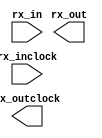
// megafunction wizard: %ALTLVDS_RX%VBB%
// GENERATION: STANDARD
// VERSION: WM1.0
// MODULE: ALTLVDS_RX 

// ============================================================
// Megafunction Name(s):
// 			ALTLVDS_RX
//
// Simulation Library Files(s):
// 			altera_mf
// ============================================================
// ************************************************************
// THIS IS A WIZARD-GENERATED FILE. DO NOT EDIT THIS FILE!
//
// 11.0 Build 157 04/27/2011 SJ Full Version
// ************************************************************

//Copyright (C) 1991-2011 Altera Corporation
//Your use of Altera Corporation's design tools, logic functions 
//and other software and tools, and its AMPP partner logic 
//functions, and any output files from any of the foregoing 
//(including device programming or simulation files), and any 
//associated documentation or information are expressly subject 
//to the terms and conditions of the Altera Program License 
//Subscription Agreement, Altera MegaCore Function License 
//Agreement, or other applicable license agreement, including, 
//without limitation, that your use is for the sole purpose of 
//programming logic devices manufactured by Altera and sold by 
//Altera or its authorized distributors.  Please refer to the 
//applicable agreement for further details.

module lvds_buf (
	rx_in,
	rx_inclock,
	rx_out,
	rx_outclock);

	input	[0:0]  rx_in;
	input	  rx_inclock;
	output	[3:0]  rx_out;
	output	  rx_outclock;

endmodule

// ============================================================
// CNX file retrieval info
// ============================================================
// Retrieval info: LIBRARY: altera_mf altera_mf.altera_mf_components.all
// Retrieval info: PRIVATE: Bitslip NUMERIC "0"
// Retrieval info: PRIVATE: Clock_Choices STRING "tx_coreclock"
// Retrieval info: PRIVATE: Clock_Mode NUMERIC "0"
// Retrieval info: PRIVATE: Data_rate STRING "800.0"
// Retrieval info: PRIVATE: Deser_Factor NUMERIC "4"
// Retrieval info: PRIVATE: Dpll_Lock_Count NUMERIC "0"
// Retrieval info: PRIVATE: Dpll_Lock_Window NUMERIC "0"
// Retrieval info: PRIVATE: Enable_DPA_Mode STRING "OFF"
// Retrieval info: PRIVATE: Enable_FIFO_DPA_Channels NUMERIC "0"
// Retrieval info: PRIVATE: Ext_PLL STRING "OFF"
// Retrieval info: PRIVATE: INTENDED_DEVICE_FAMILY STRING "Cyclone II"
// Retrieval info: PRIVATE: Le_Serdes STRING "ON"
// Retrieval info: PRIVATE: Num_Channel NUMERIC "1"
// Retrieval info: PRIVATE: Outclock_Divide_By NUMERIC "0"
// Retrieval info: PRIVATE: pCNX_OUTCLK_ALIGN NUMERIC "0"
// Retrieval info: PRIVATE: pINCLOCK_PHASE_SHIFT STRING "0.00"
// Retrieval info: PRIVATE: PLL_Enable NUMERIC "0"
// Retrieval info: PRIVATE: PLL_Freq STRING "100.00"
// Retrieval info: PRIVATE: PLL_Period STRING "10.000"
// Retrieval info: PRIVATE: pOUTCLOCK_PHASE_SHIFT NUMERIC "0"
// Retrieval info: PRIVATE: Reg_InOut NUMERIC "1"
// Retrieval info: PRIVATE: Use_Cda_Reset NUMERIC "0"
// Retrieval info: PRIVATE: Use_Clock_Resc STRING "AUTO"
// Retrieval info: PRIVATE: Use_Common_Rx_Tx_Plls NUMERIC "0"
// Retrieval info: PRIVATE: Use_Data_Align NUMERIC "0"
// Retrieval info: PRIVATE: Use_Lock NUMERIC "0"
// Retrieval info: PRIVATE: Use_Pll_Areset NUMERIC "0"
// Retrieval info: PRIVATE: Use_Rawperror NUMERIC "0"
// Retrieval info: PRIVATE: Use_Tx_Out_Phase NUMERIC "0"
// Retrieval info: CONSTANT: BUFFER_IMPLEMENTATION STRING "RAM"
// Retrieval info: CONSTANT: CDS_MODE STRING "UNUSED"
// Retrieval info: CONSTANT: COMMON_RX_TX_PLL STRING "OFF"
// Retrieval info: CONSTANT: clk_src_is_pll STRING "off"
// Retrieval info: CONSTANT: DATA_ALIGN_ROLLOVER NUMERIC "4"
// Retrieval info: CONSTANT: DATA_RATE STRING "800.0 Mbps"
// Retrieval info: CONSTANT: DESERIALIZATION_FACTOR NUMERIC "4"
// Retrieval info: CONSTANT: DPA_INITIAL_PHASE_VALUE NUMERIC "0"
// Retrieval info: CONSTANT: DPLL_LOCK_COUNT NUMERIC "0"
// Retrieval info: CONSTANT: DPLL_LOCK_WINDOW NUMERIC "0"
// Retrieval info: CONSTANT: ENABLE_DPA_ALIGN_TO_RISING_EDGE_ONLY STRING "OFF"
// Retrieval info: CONSTANT: ENABLE_DPA_CALIBRATION STRING "ON"
// Retrieval info: CONSTANT: ENABLE_DPA_FIFO STRING "UNUSED"
// Retrieval info: CONSTANT: ENABLE_DPA_INITIAL_PHASE_SELECTION STRING "OFF"
// Retrieval info: CONSTANT: ENABLE_DPA_MODE STRING "OFF"
// Retrieval info: CONSTANT: ENABLE_DPA_PLL_CALIBRATION STRING "OFF"
// Retrieval info: CONSTANT: ENABLE_SOFT_CDR_MODE STRING "OFF"
// Retrieval info: CONSTANT: IMPLEMENT_IN_LES STRING "ON"
// Retrieval info: CONSTANT: INCLOCK_BOOST NUMERIC "0"
// Retrieval info: CONSTANT: INCLOCK_DATA_ALIGNMENT STRING "EDGE_ALIGNED"
// Retrieval info: CONSTANT: INCLOCK_PERIOD NUMERIC "10000"
// Retrieval info: CONSTANT: INCLOCK_PHASE_SHIFT NUMERIC "0"
// Retrieval info: CONSTANT: INPUT_DATA_RATE NUMERIC "800"
// Retrieval info: CONSTANT: INTENDED_DEVICE_FAMILY STRING "Cyclone II"
// Retrieval info: CONSTANT: LOSE_LOCK_ON_ONE_CHANGE STRING "UNUSED"
// Retrieval info: CONSTANT: LPM_HINT STRING "UNUSED"
// Retrieval info: CONSTANT: LPM_TYPE STRING "altlvds_rx"
// Retrieval info: CONSTANT: NUMBER_OF_CHANNELS NUMERIC "1"
// Retrieval info: CONSTANT: OUTCLOCK_RESOURCE STRING "AUTO"
// Retrieval info: CONSTANT: PLL_OPERATION_MODE STRING "NORMAL"
// Retrieval info: CONSTANT: PLL_SELF_RESET_ON_LOSS_LOCK STRING "UNUSED"
// Retrieval info: CONSTANT: PORT_RX_CHANNEL_DATA_ALIGN STRING "PORT_UNUSED"
// Retrieval info: CONSTANT: PORT_RX_DATA_ALIGN STRING "PORT_UNUSED"
// Retrieval info: CONSTANT: REFCLK_FREQUENCY STRING "UNUSED"
// Retrieval info: CONSTANT: REGISTERED_DATA_ALIGN_INPUT STRING "UNUSED"
// Retrieval info: CONSTANT: REGISTERED_OUTPUT STRING "ON"
// Retrieval info: CONSTANT: RESET_FIFO_AT_FIRST_LOCK STRING "UNUSED"
// Retrieval info: CONSTANT: RX_ALIGN_DATA_REG STRING "UNUSED"
// Retrieval info: CONSTANT: SIM_DPA_IS_NEGATIVE_PPM_DRIFT STRING "OFF"
// Retrieval info: CONSTANT: SIM_DPA_NET_PPM_VARIATION NUMERIC "0"
// Retrieval info: CONSTANT: SIM_DPA_OUTPUT_CLOCK_PHASE_SHIFT NUMERIC "0"
// Retrieval info: CONSTANT: USE_CORECLOCK_INPUT STRING "OFF"
// Retrieval info: CONSTANT: USE_DPLL_RAWPERROR STRING "OFF"
// Retrieval info: CONSTANT: USE_EXTERNAL_PLL STRING "OFF"
// Retrieval info: CONSTANT: USE_NO_PHASE_SHIFT STRING "ON"
// Retrieval info: CONSTANT: X_ON_BITSLIP STRING "ON"
// Retrieval info: USED_PORT: rx_in 0 0 1 0 INPUT NODEFVAL "rx_in[0..0]"
// Retrieval info: CONNECT: @rx_in 0 0 1 0 rx_in 0 0 1 0
// Retrieval info: USED_PORT: rx_inclock 0 0 0 0 INPUT NODEFVAL "rx_inclock"
// Retrieval info: CONNECT: @rx_inclock 0 0 0 0 rx_inclock 0 0 0 0
// Retrieval info: USED_PORT: rx_out 0 0 4 0 OUTPUT NODEFVAL "rx_out[3..0]"
// Retrieval info: CONNECT: rx_out 0 0 4 0 @rx_out 0 0 4 0
// Retrieval info: USED_PORT: rx_outclock 0 0 0 0 OUTPUT NODEFVAL "rx_outclock"
// Retrieval info: CONNECT: rx_outclock 0 0 0 0 @rx_outclock 0 0 0 0
// Retrieval info: GEN_FILE: TYPE_NORMAL lvds_buf.v TRUE FALSE
// Retrieval info: GEN_FILE: TYPE_NORMAL lvds_buf.qip TRUE FALSE
// Retrieval info: GEN_FILE: TYPE_NORMAL lvds_buf.bsf TRUE TRUE
// Retrieval info: GEN_FILE: TYPE_NORMAL lvds_buf_inst.v TRUE TRUE
// Retrieval info: GEN_FILE: TYPE_NORMAL lvds_buf_bb.v TRUE TRUE
// Retrieval info: GEN_FILE: TYPE_NORMAL lvds_buf.inc TRUE TRUE
// Retrieval info: GEN_FILE: TYPE_NORMAL lvds_buf.cmp TRUE TRUE
// Retrieval info: GEN_FILE: TYPE_NORMAL lvds_buf.ppf TRUE FALSE
// Retrieval info: LIB_FILE: altera_mf
// Retrieval info: CBX_MODULE_PREFIX: ON